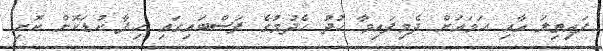
ފައިތިލަ އާއި ހަމައަށް ދެމިފައިވާ ހުދު ހެދުމުގެ ފަސްބައިގައި ހިފާ ކުޑަކޮށް ކޮށި